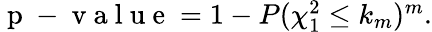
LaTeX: \begin{array}{r}{\mathrm{~p~-~v~a~l~u~e~}=1-P(\chi_{1}^{2}\leq k_{m})^{m}.}\end{array}